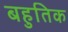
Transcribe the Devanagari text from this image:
बहुतिक